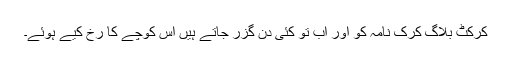
کرکٹ بلاگ کرک نامہ کو اور اب تو کئی دن گزر جاتے ہیں اِس کوچے کا رخ کیے ہوئے۔